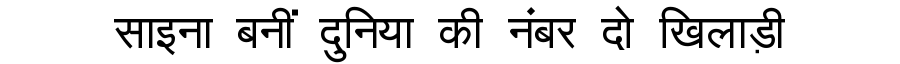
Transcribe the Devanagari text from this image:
साइना बनीं दुनिया की नंबर दो खिलाड़ी